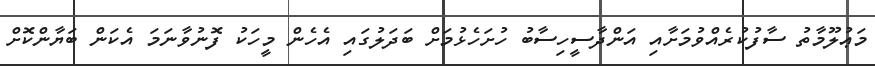
މަޢުލޫމާތު ސާފުކުރެއްވުމަށާއި އަންދާސީހިސާބު ހުށަހެޅުމަށް ބަދަލުގައި އެހެން މީހަކު ފޮނުވާނަމަ އެކަން ބަޔާންކޮށް